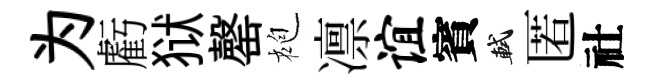
为虧狱罄袍凛谊賓軾匿社